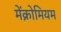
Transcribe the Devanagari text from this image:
मेंक्रोमियम